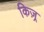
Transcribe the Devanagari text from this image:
किज़्र